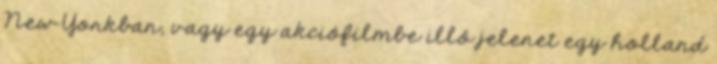
New Yorkban, vagy egy akciófilmbe illő jelenet egy holland